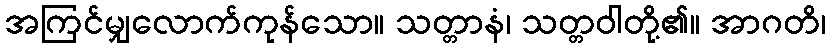
အကြင်မျှလောက်ကုန်သော။ သတ္တာနံ၊ သတ္တဝါတို့၏။ အာဂတိ၊